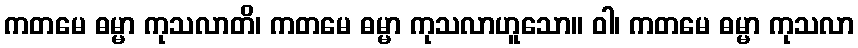
ကတမေ ဓမ္မာ ကုသလာတိ၊ ကတမေ ဓမ္မာ ကုသလာဟူသော။ ဝါ၊ ကတမေ ဓမ္မာ ကုသလာ